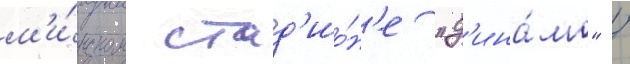
м'и́нском стад'ио́н'е "д'ина́мо" /